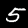
Digit: 5